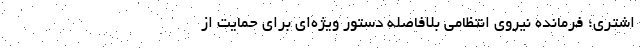
اشتری؛ فرمانده نیروی انتظامی بلافاصله دستور ویژه‌ای برای حمایت از